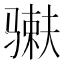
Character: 𬴇